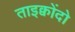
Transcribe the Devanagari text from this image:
ताइक्वोंदो